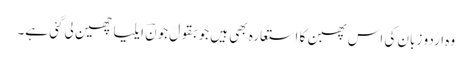
وہ اردو زبان کی اس پھبن کا استعارہ بھی ہیں جو بقولَ جونؔ ایلیا چھین لی گئی ہے۔